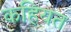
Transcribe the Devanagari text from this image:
कहियत